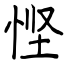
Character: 悭